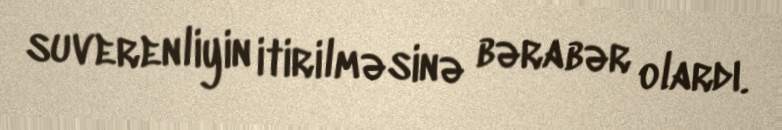
suverenliyin itirilməsinə bərabər olardı.